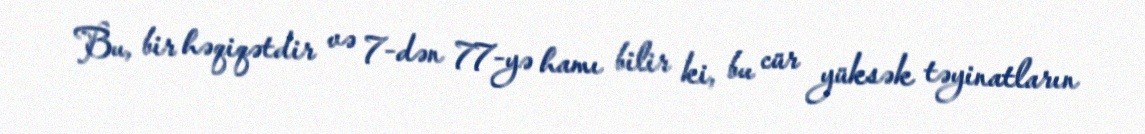
Bu, bir həqiqətdir və 7-dən 77-yə hamı bilir ki, bu cür yüksək təyinatların